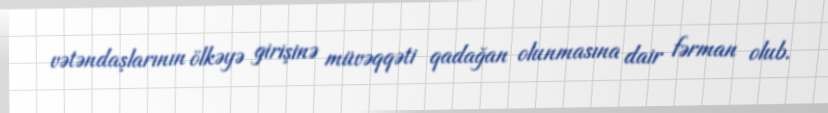
vətəndaşlarının ölkəyə girişinə müvəqqəti qadağan olunmasına dair fərman olub.